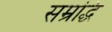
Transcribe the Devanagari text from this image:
सम्रद्धि